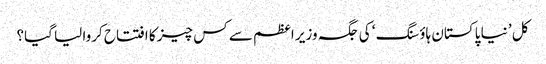
کل ’ نیا پاکستان ہاؤسنگ ‘ کی جگہ وزیر اعظم سے کس چیز کا افتتاح کروا لیا گیا؟